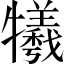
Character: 犧